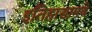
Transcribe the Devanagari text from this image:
इतिहासामधे